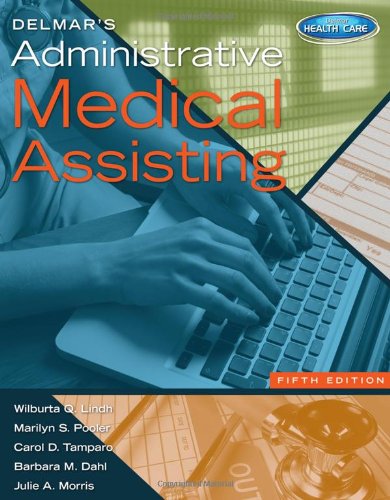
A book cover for Delmar's Administrative Medical Assisting (with Premium Website, 2 terms (12 months) Printed Access Card and Medical Office Simulation Software 2.0 CD-ROM); Wilburta Q. Lindh; Medical Books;